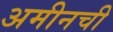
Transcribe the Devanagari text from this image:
अमीनची